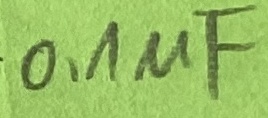
Text: 0,1µF